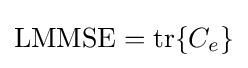
\operatorname {LMMSE} =\operatorname {tr} \{C_{e}\}